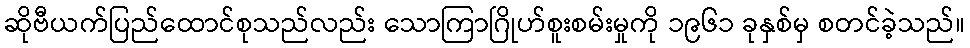
ဆိုဗီယက်ပြည်ထောင်စုသည်လည်း သောကြာဂြိုဟ်စူးစမ်းမှုကို ၁၉၆၁ ခုနှစ်မှ စတင်ခဲ့သည်။